Civil Veterinary Department Bihar & Orissa reports 1922-29 - 1922-1929
Year: 1922
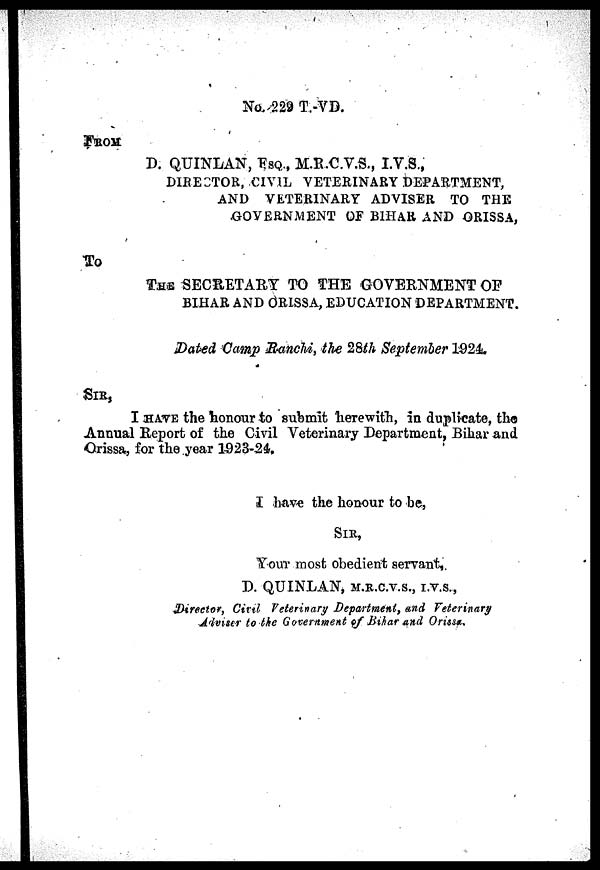
No 229 T.-VD.
FROM D. QUINLAN, ESQ., M.R.C.V.S., I.V.S.,
DIRECTOR, CIVIL VETERINARY DEPARTMENT,
AND VETERINARY ADVISER TO THE
GOVERNMENT OF BIHAR AND ORISSA,
To
THE SECRETARY TO THE GOVERNMENT OF
BIHAR AND ORISSA, EDUCATION DEPARTMENT.
Dated Camp Ranchi, the 28th September 1924.
SIR,
I HAVE the honour to submit herewith, in duplicate, the
Annual Report of the Civil Veterinary Department, Bihar and
Orissa, for the year 1923-24.
I have the honour to be,
SIR,
Your most obedient servant,
D. QUINLAN, M.R.C.V.S., I.V.S.,
Director, Civil Veterinary Department, and Veterinary
Adviser to the Government of Bihar and Orissa.